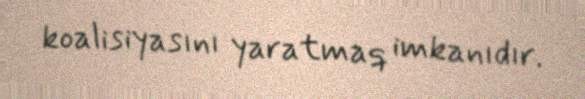
koalisiyasını yaratmaq imkanıdır.